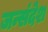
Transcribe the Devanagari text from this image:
जन्संदेश